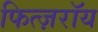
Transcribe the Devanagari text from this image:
फित्ज़रॉय